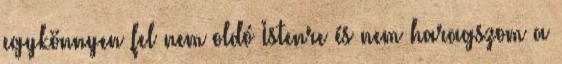
egykönnyen fel nem oldó Istenre és nem haragszom a